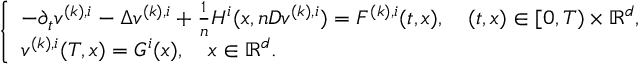
\begin{array} { r } { \left\{ \begin{array} { l l } { - \partial _ { t } v ^ { ( k ) , i } - \Delta v ^ { ( k ) , i } + \frac { 1 } { n } H ^ { i } ( x , n D v ^ { ( k ) , i } ) = F ^ { ( k ) , i } ( t , x ) , \quad ( t , x ) \in [ 0 , T ) \times { \mathbb R } ^ { d } , } \\ { v ^ { ( k ) , i } ( T , x ) = G ^ { i } ( x ) , \quad x \in { \mathbb R } ^ { d } . } \end{array} \right. } \end{array}